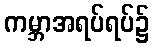
ကမ္ဘာအရပ်ရပ်၌